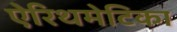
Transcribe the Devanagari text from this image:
ऐरिथमेटिका